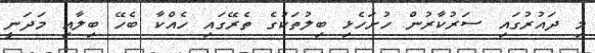
މި ދައުރުގައި ސަރުކާރުން ހުށަހެޅި ބިލުތަކުގެ ތެރޭގައި ހެއްކާ ބެހޭ ބިލާއި މަދަނީ